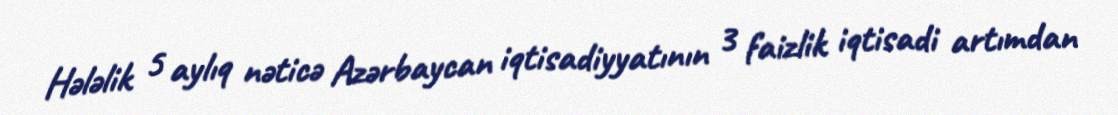
Hələlik 5 aylıq nəticə Azərbaycan iqtisadiyyatının 3 faizlik iqtisadi artımdan